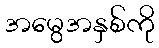
အမွေအနှစ်ကို